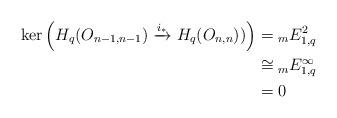
LaTeX: \begin{align*}\ker \left( H_{q}(O_{n-1,n-1}) \xrightarrow{i_{*}} H_{q}(O_{n, n}))\right) &= {}_{m}E^{2}_{1,q} \\&\cong {}_{m}E^{\infty}_{1,q} \\&= 0\end{align*}